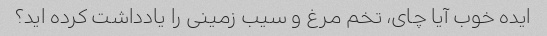
ایده خوب آیا چای، تخم مرغ و سیب زمینی را یادداشت کرده اید؟